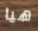
هيا